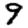
Digit: 9